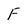
Character: F